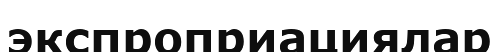
экспроприациялар